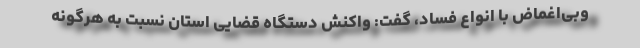
وبی‌اغماض با انواع فساد، گفت: واکنش دستگاه قضایی استان نسبت به هرگونه